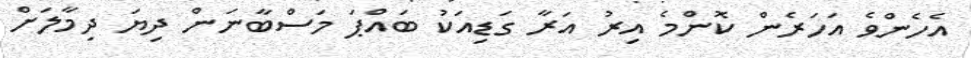
އެހެންވެ އަހަރެން ކޮންމެ އިރު އަރާ ގަޑިއަކު ބައްޕަ މަސްބާނަން ދިޔަ ދިމާލަށް